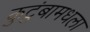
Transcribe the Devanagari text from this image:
कुटुंबामधला